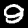
Digit: 9